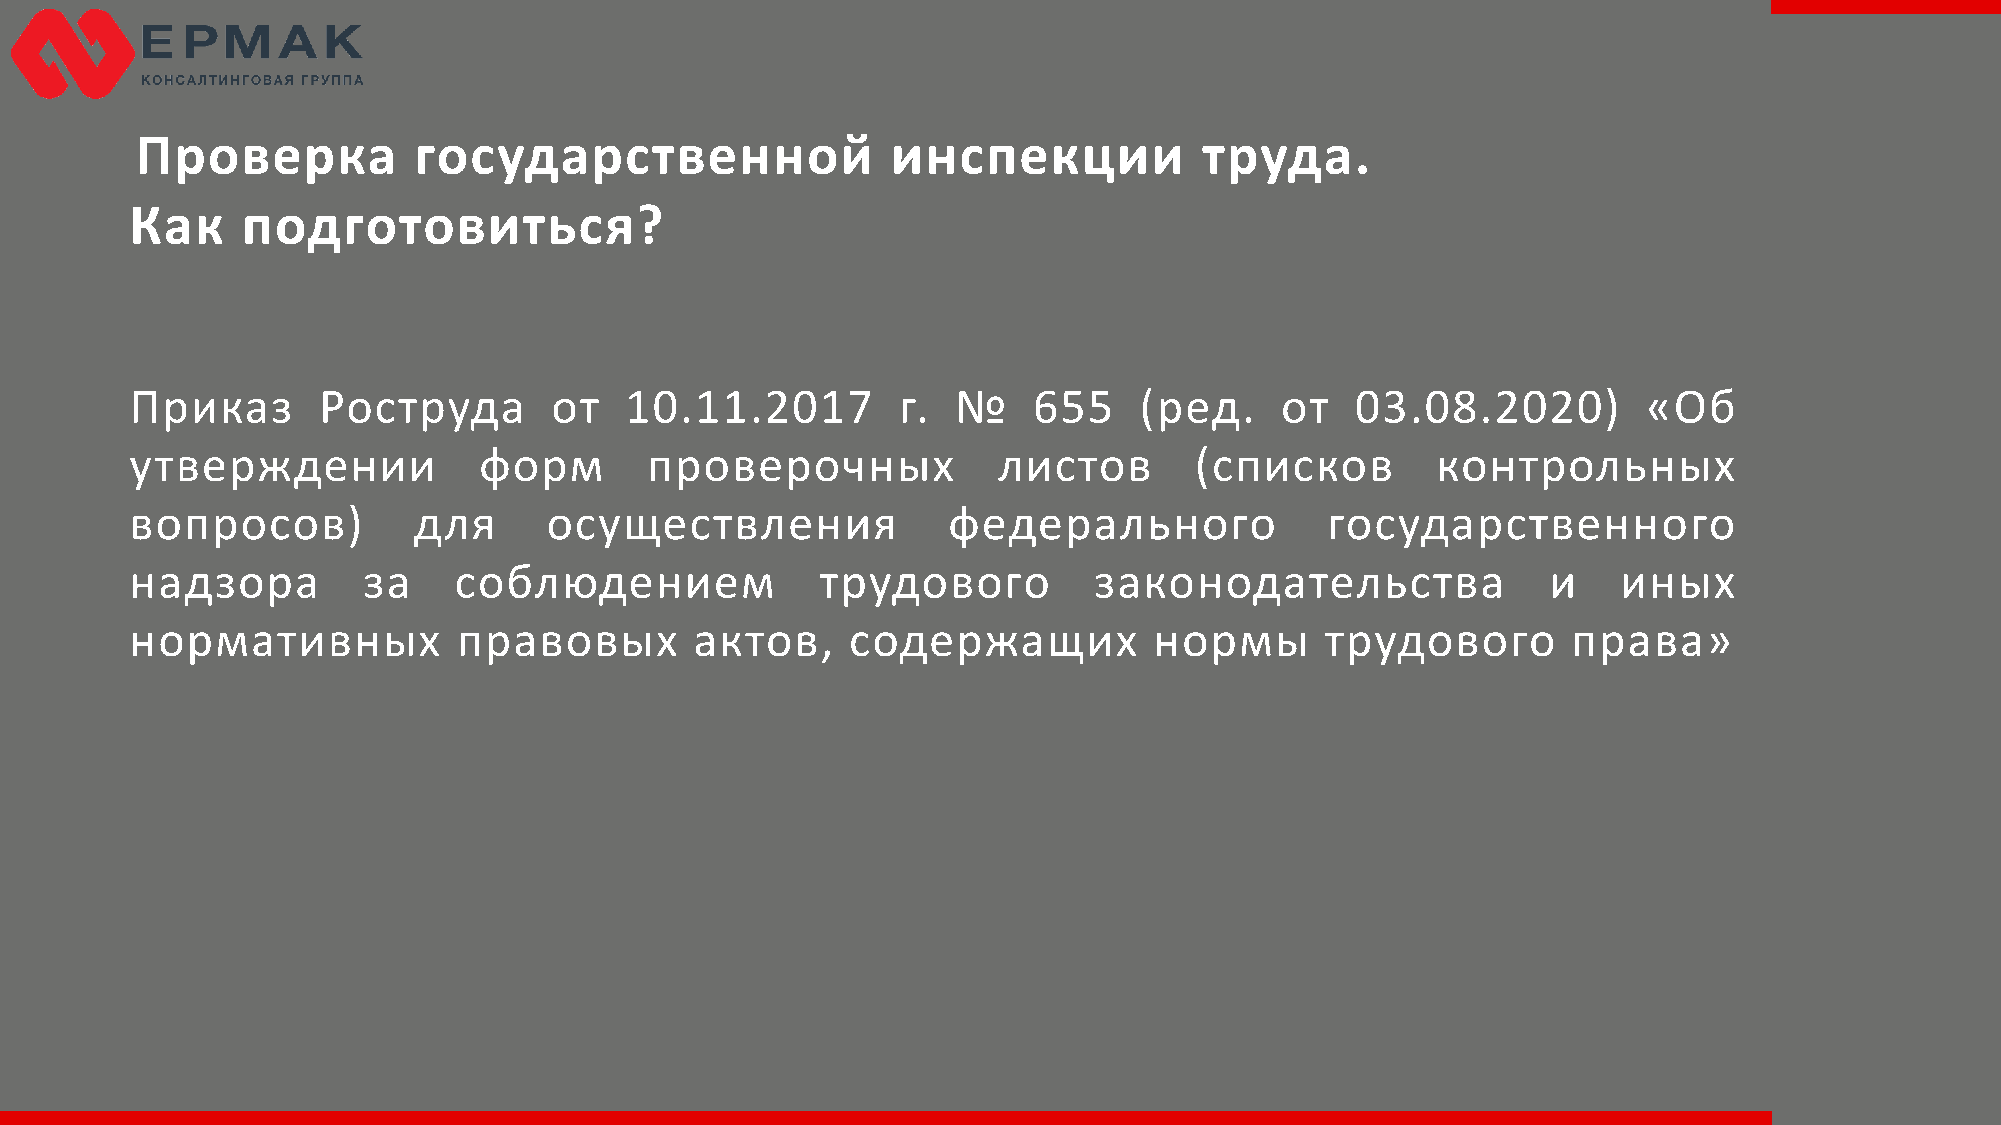
Проверка          государственной                 инспекции            труда.
 Как    подготовиться?
 Приказ      Роструда       от   10.11.2017        г.  №    655    (ред.     от   03.08.2020)        «Об
 утверждении            форм       проверочных            листов       (списков        контрольных
 вопросов)         для      осуществления              федерального             государственного
 надзора        за    соблюдением             трудового         законодательства               и   иных
 нормативных          правовых        актов,    содержащих          нормы       трудового       права»